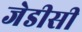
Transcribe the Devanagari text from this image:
जेडीसी